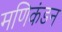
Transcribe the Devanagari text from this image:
मणिकंडन